Senior Leaving Certificate Examination (including Day School Certificate (Higher) General paper), 1949
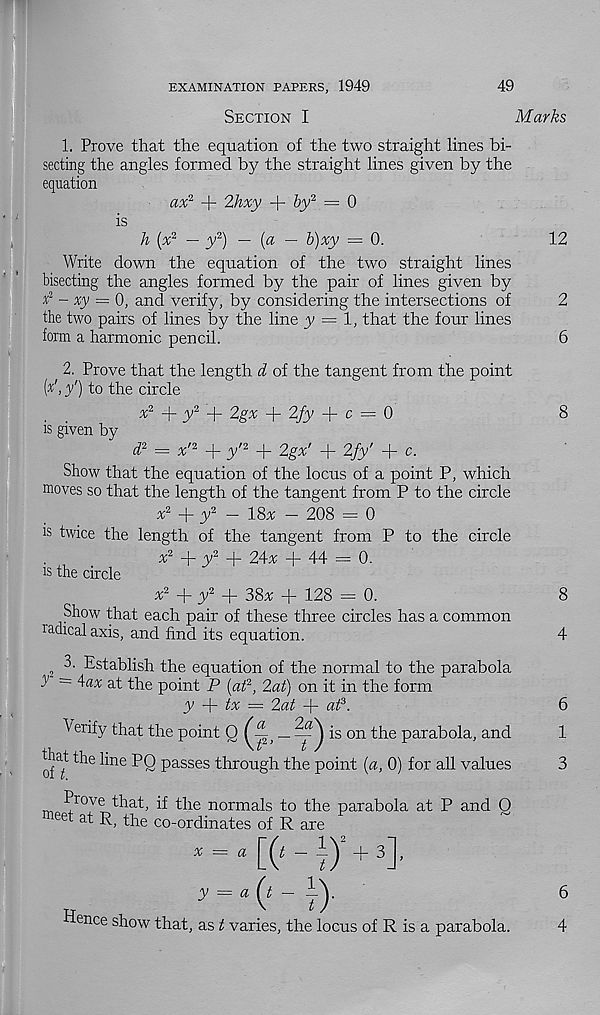
EXAMINATION PAPERS, 1949
Section I
49
Marks
1. Prove that the equation of the two straight lines bi-
secting the angles formed by the straight lines given by the
equation
ax 2 + 2hxy
by 2 — 0
is
h (x 2 — y 2 ) — [a — b)xy = 0.
12
Write down the equation of the two straight lines
bisecting the angles formed by the pair of lines given by
- xy = 0, and verify, by considering the intersections of
2
the two pairs of lines by the line _y = 1, that the four lines
form a harmonic pencil.
6
2. Prove that the length d of the tangent from the point
(P, /) to the circle
x 2 + y 2 -f 2gx + 2fy -f c — 0
8
is given by
d 2 = x' 2 + y' 2 + 2gx' -f 2fy' + c.
Show that the equation of the locus of a point P, which
moves so that the length of the tangent from P to the circle
* 2 + y 2 - 18x - 208 = 0
is twice the length of the tangent from P to the circle
^ + y + 24x -|- 44 = 0.
is the circle
* 2 + y 2 + 38x + 128 = 0.
8
Show that each pair of these three circles has a common
radical axis, and find its equation.
4
2 3- Establish the equation of the normal to the parabola
y ~ 4ax at the point P [at 2 , 2at) on it in the form
y
tx = 2at + at 3 .
6
Verify that the point O
is on the parabola, and
1
that the line PO passes through the point (a, 0) for all values
3
Prove that, if the normals to the parabola at P and O
meet at R, the co-ordinates of R are
y = a (t -
6
Hence show that, as t varies, the locus of R is a parabola.
4